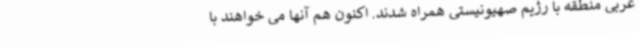
عربی منطقه با رژیم صهیونیستی همراه شدند. اکنون هم آنها می خواهند با